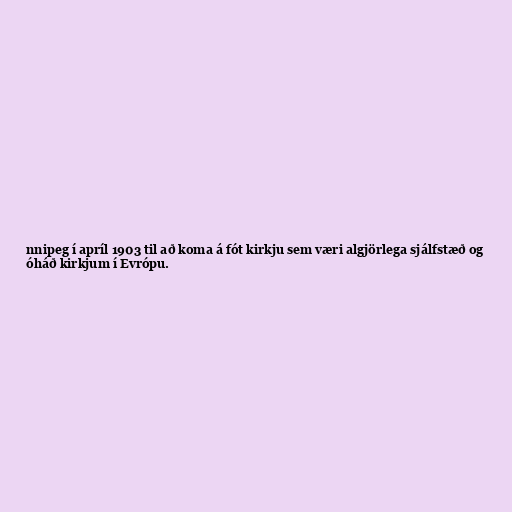
nnipeg í apríl 1903 til að koma á fót kirkju sem væri algjörlega sjálfstæð og
óháð kirkjum í Evrópu.